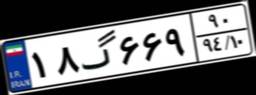
۱۸گ۶۶۹۹۰